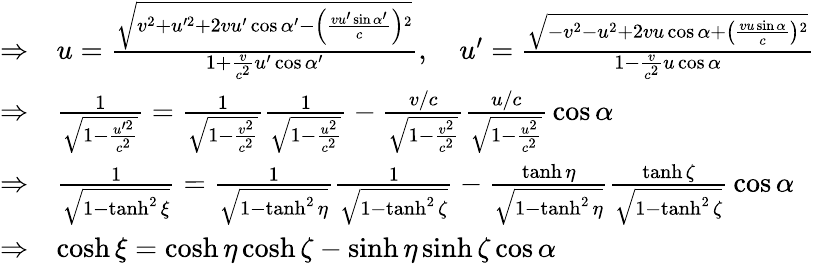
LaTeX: \begin{array}{ll}{\Rightarrow}&{u={\frac{\sqrt{v^{2}+u^{\prime 2}+2vu^{\prime}\cos\alpha^{\prime}-\left({\frac{vu^{\prime}\sin\alpha^{\prime}}{c}}\right){}^{2}}}{1+{\frac{v}{c^{2}}}u^{\prime}\cos\alpha^{\prime}}},\quad u^{\prime}={\frac{\sqrt{-v^{2}-u^{2}+2vu\cos\alpha+\left({\frac{vu\sin\alpha}{c}}\right){}^{2}}}{1-{\frac{v}{c^{2}}}u\cos\alpha}}}\\ {\Rightarrow}&{{\frac{1}{\sqrt{1-{\frac{u^{\prime 2}}{c^{2}}}}}}={\frac{1}{\sqrt{1-{\frac{v^{2}}{c^{2}}}}}}{\frac{1}{\sqrt{1-{\frac{u^{2}}{c^{2}}}}}}-{\frac{v/c}{\sqrt{1-{\frac{v^{2}}{c^{2}}}}}}{\frac{u/c}{\sqrt{1-{\frac{u^{2}}{c^{2}}}}}}\cos\alpha}\\ {\Rightarrow}&{{\frac{1}{\sqrt{1-\operatorname{tanh}^{2}\xi}}}={\frac{1}{\sqrt{1-\operatorname{tanh}^{2}\eta}}}{\frac{1}{\sqrt{1-\operatorname{tanh}^{2}\zeta}}}-{\frac{\operatorname{tanh}\eta}{\sqrt{1-\operatorname{tanh}^{2}\eta}}}{\frac{\operatorname{tanh}\zeta}{\sqrt{1-\operatorname{tanh}^{2}\zeta}}}\cos\alpha}\\ {\Rightarrow}&{\cosh\xi=\cosh\eta\cosh\zeta-\sinh\eta\sinh\zeta\cos\alpha}\end{array}